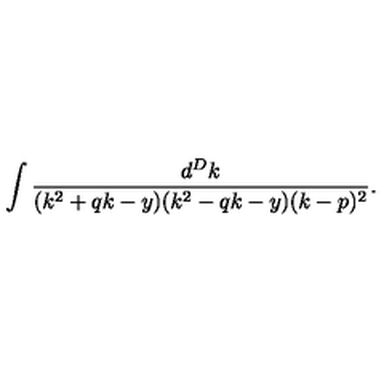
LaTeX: \int \frac { d ^ { D } k } { ( k ^ { 2 } + q k - y ) ( k ^ { 2 } - q k - y ) ( k - p ) ^ { 2 } } .